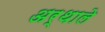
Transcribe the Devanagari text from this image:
अर्थाले